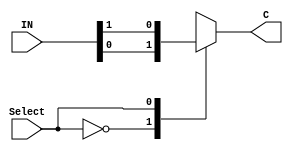
module m1(IN, Select, C);
	input [1:0]IN;
	input Select;
	output C;
	reg C;
	always @(*) begin
		case(Select)
			0: C = IN[0];
			1: C = IN[1];
		endcase
	end
endmodule

module test;
	reg [1:0]in;
	reg select;
	wire c;
	m1 g1(in, select, c);
	initial begin
		$dumpfile("mux2X1(Behavioural Modelling.vcd");
		$dumpvars(0,test);
		$display("Input\tSelect\tC");
		$monitor("%b\t%b\t%b",in,select,c);
		#0  in = 2'b00; select = 0;
		#10 in = 2'b01; select = 0;
		#10 in = 2'b10; select = 0;
		#10 in = 2'b11; select = 0;
		#10 in = 2'b00; select = 1;
		#10 in = 2'b01; select = 1;
		#10 in = 2'b10; select = 1;
		#10 in = 2'b11; select = 1;
		#10
		$finish;
	end
endmodule